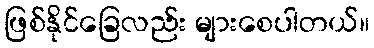
ဖြစ်နိုင်ခြေလည်း များစေပါတယ်။